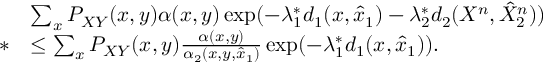
\begin{array} { r l } & { \sum _ { x } P _ { X Y } ( x , y ) \alpha ( x , y ) \exp ( - \lambda _ { 1 } ^ { * } d _ { 1 } ( x , \hat { x } _ { 1 } ) - \lambda _ { 2 } ^ { * } d _ { 2 } ( X ^ { n } , \hat { X } _ { 2 } ^ { n } ) ) } \\ { * } & { \leq \sum _ { x } P _ { X Y } ( x , y ) \frac { \alpha ( x , y ) } { \alpha _ { 2 } ( x , y , \hat { x } _ { 1 } ) } \exp ( - \lambda _ { 1 } ^ { * } d _ { 1 } ( x , \hat { x } _ { 1 } ) ) . } \end{array}